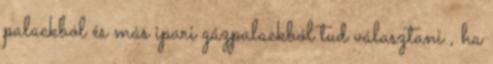
palackból és más ipari gázpalackból tud választani , ha